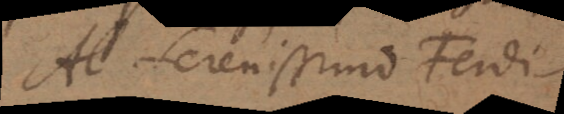
Al Serenissimo Ferdi-